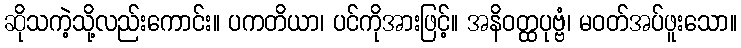
ဆိုသကဲ့သို့လည်းကောင်း။ ပကတိယာ၊ ပင်ကိုအားဖြင့်။ အနိဝတ္ထပုဗ္ဗံ၊ မဝတ်အပ်ဖူးသော။